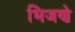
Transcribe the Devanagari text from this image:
भिजणे